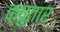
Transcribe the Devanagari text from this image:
क्षुतार